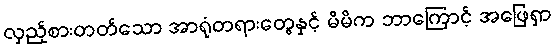
လှည့်စားတတ်သော အာရုံတရားတွေနှင့် မိမိက ဘာကြောင့် အဖြေရှာ